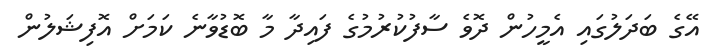
އޭގެ ބަދަލުގައި އެމީހުން ދޮވެ ސާފުކުރުމުގެ ފައިދާ މާ ބޮޑުވާނެ ކަމަށް އޮފިޝަލުން